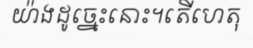
យ៉ាងដូច្នេះនោះ។តើហេតុ